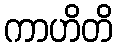
ကာဟိတိ